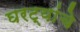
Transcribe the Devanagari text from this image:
घरट्यांचे